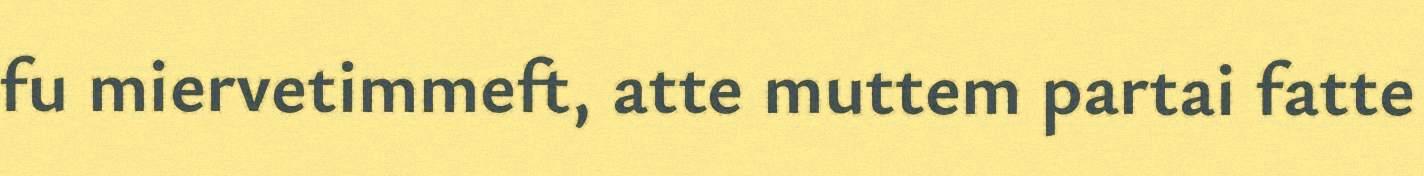
fu miervetimmeft, atte muttem partai fatte